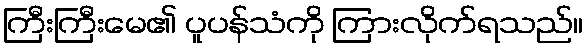
ကြီးကြီးမေ၏ ပူပန်သံကို ကြားလိုက်ရသည်။